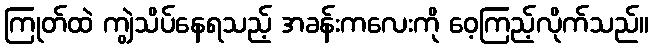
ကြုတ်ထဲ ကျွဲသိပ်နေရသည့် အခန်းကလေးကို ဝေ့ကြည့်လိုက်သည်။